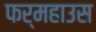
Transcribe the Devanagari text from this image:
फर्महाउस